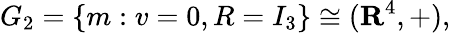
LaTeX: G_{2}=\{ m:v=0,R=I_{3}\} \cong(\mathbf{R}^{4},+),